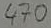
Text: 470